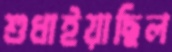
শুধাইয়াছিল